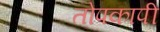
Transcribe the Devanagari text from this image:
तोपकापी